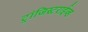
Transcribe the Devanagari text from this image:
ट्रांजिस्टराईज्ड